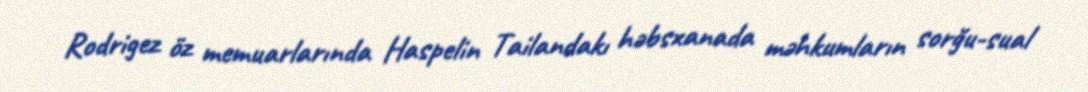
Rodrigez öz memuarlarında Haspelin Tailandakı həbsxanada məhkumların sorğu-sual